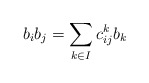
\begin{align*}b_ib_j=\sum_{k\in I}c_{ij}^kb_k\end{align*}